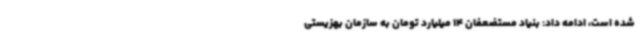
شده است، ادامه داد: بنیاد مستضعفان 14 میلیارد تومان به سازمان بهزیستی